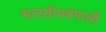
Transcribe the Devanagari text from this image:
भारतीयबंगाली